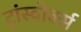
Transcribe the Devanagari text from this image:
ट्रांस्वोर्क्स